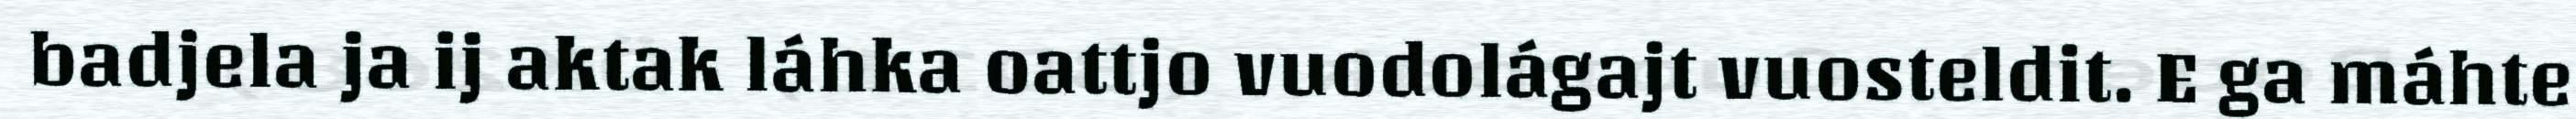
badjela ja ij aktak láhka oattjo vuodolágajt vuosteldit. E ga máhte